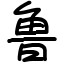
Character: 鲁